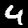
Digit: 4